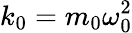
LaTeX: k_{0}=m_{0}\omega_{0}^{2}